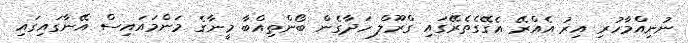
ނުނިއްމާހުރި އިރު އެއްރޭ އެގޭގެތެރޭގައި ގްރޫލް ހަދާގެން ބޯންތިއްބާ މީނާގެ މަންމައައިސް އޭނާގައިގައި